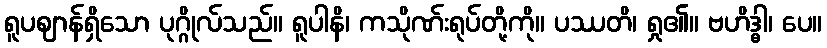
ရူပဈာန်ရှိသော ပုဂ္ဂိုလ်သည်။ ရူပါနိ၊ ကသိုဏ်းရုပ်တို့ကို။ ပဿတိ၊ ရှု၏။ ဗဟိဒ္ဓါ၊ ပေ။